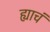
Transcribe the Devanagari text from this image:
ह्याचं